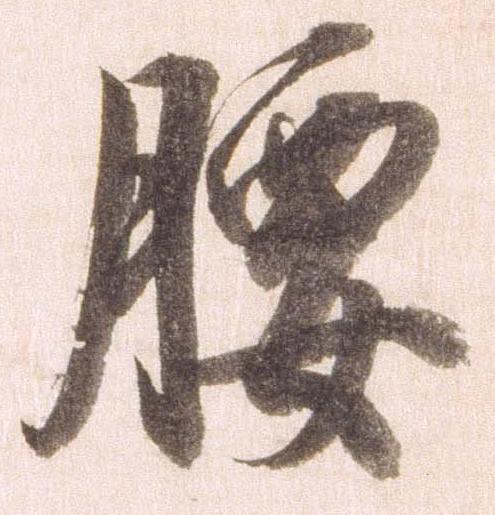
腰